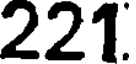
221.